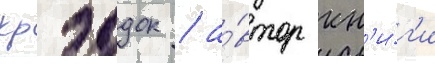
крэддок / а́втор кн'и́г'и